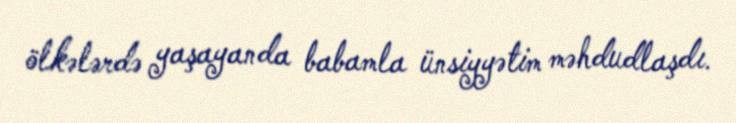
ölkələrdə yaşayanda babamla ünsiyyətim məhdudlaşdı.